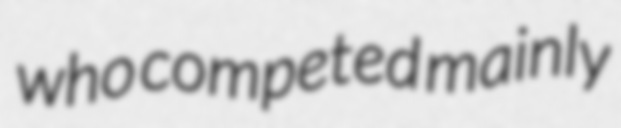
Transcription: who competed mainly